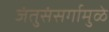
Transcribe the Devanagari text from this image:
जंतुसंसर्गामुळे